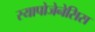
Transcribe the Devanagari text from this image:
स्यापोजेनेसिस